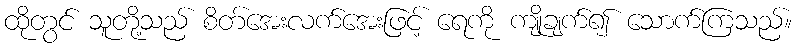
ထိုတွင် သူတို့သည် စိတ်အေးလက်အေးဖြင့် ရေကို ကျိုချက်၍ သောက်ကြသည်။